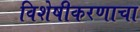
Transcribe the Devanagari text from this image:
विशेषीकरणाचा